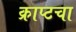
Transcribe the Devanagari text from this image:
क्राप्टचा